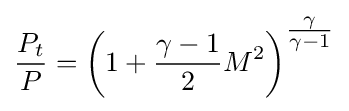
{\frac {P_{t}}{P}}=\left(1+{\frac {\gamma -1}{2}}M^{2}\right)^{\tfrac {\gamma }{\gamma -1}}